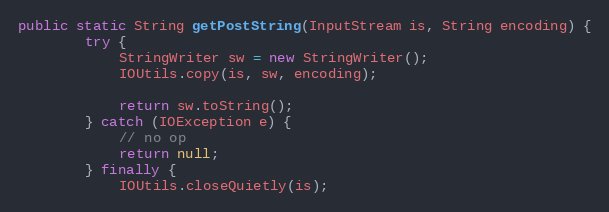
Language: Java
public static String getPostString(InputStream is, String encoding) {
        try {
            StringWriter sw = new StringWriter();
            IOUtils.copy(is, sw, encoding);

            return sw.toString();
        } catch (IOException e) {
            // no op
            return null;
        } finally {
            IOUtils.closeQuietly(is);